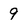
Character: 9